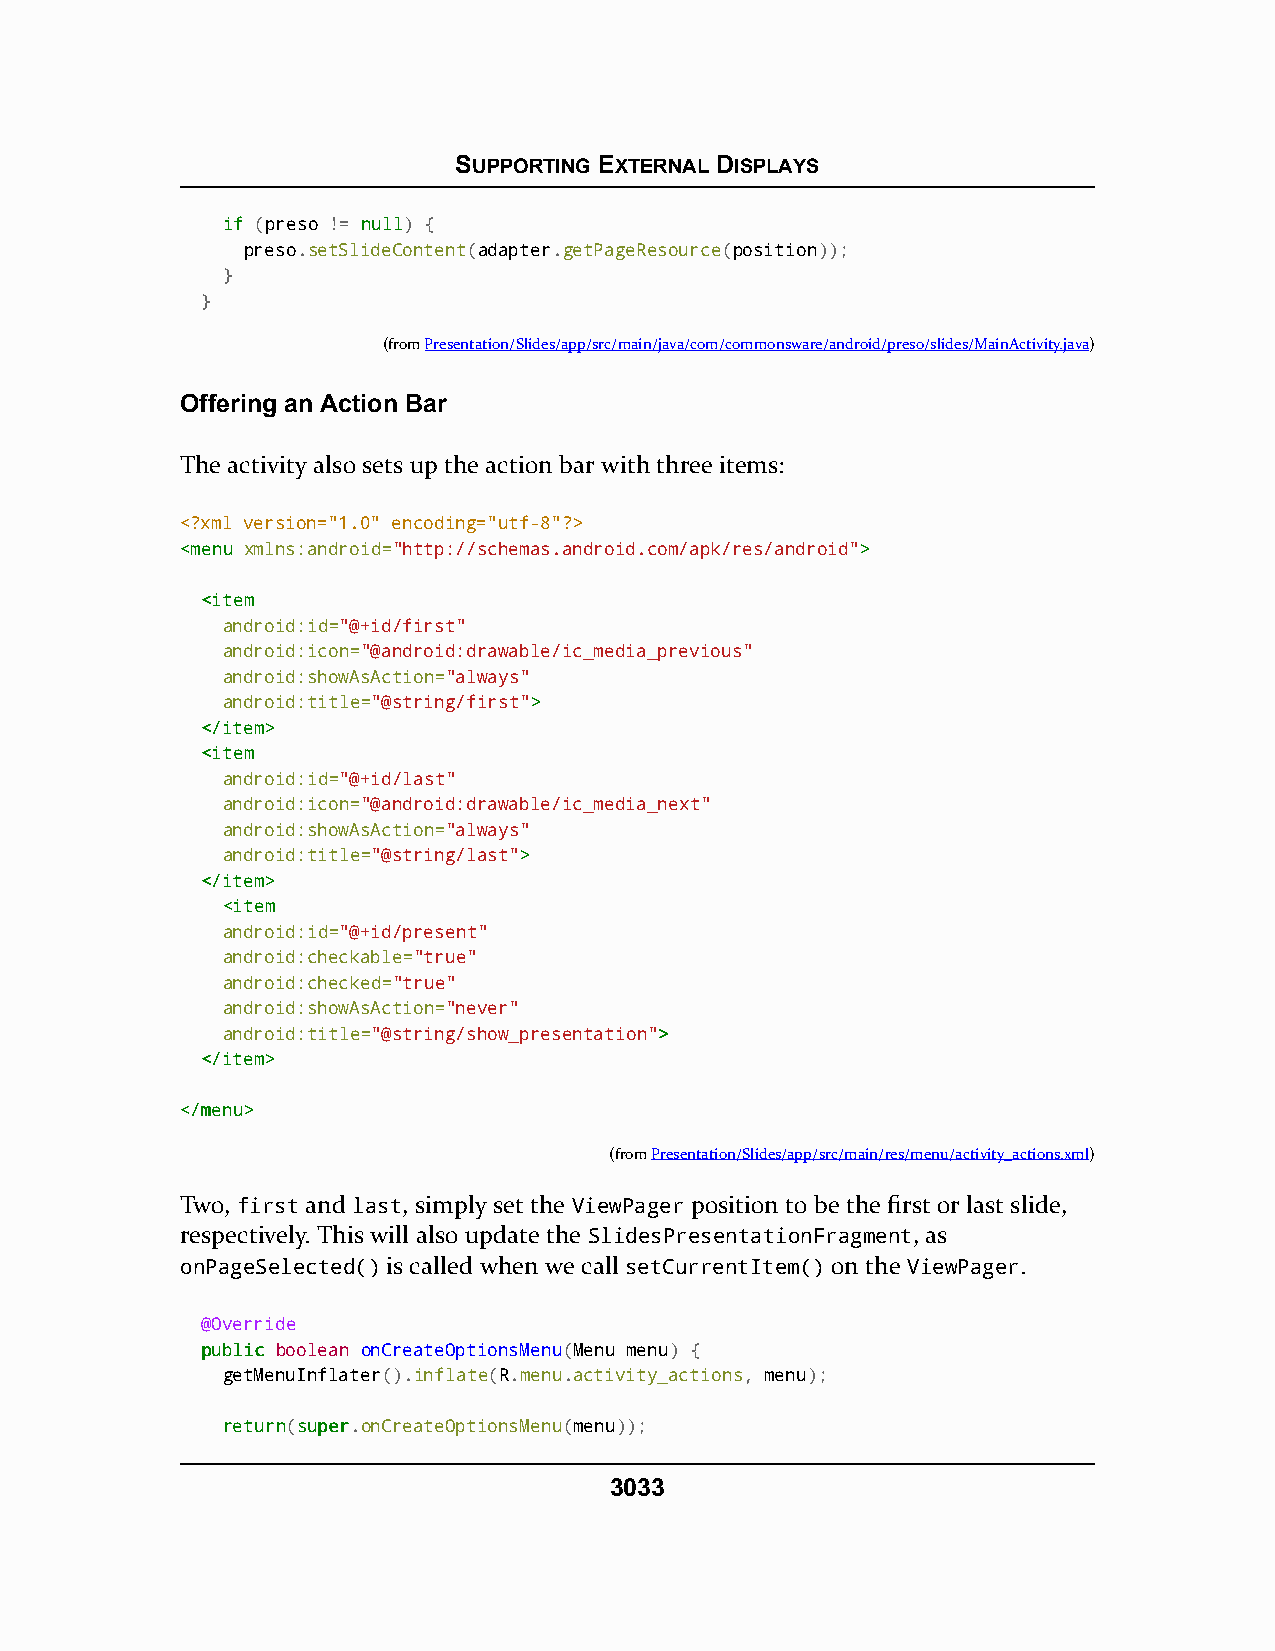
SUPPORTING EXTERNAL DISPLAYS
 iiff (preso != nnuullll) {
 preso.setSlideContent(adapter.getPageResource(position));
 }
 }
 (fromPresentation/Slides/app/src/main/java/com/commonsware/android/preso/slides/MainActivity.java)
 Offering an Action Bar
 The activity also sets up the action bar with three items:
 <?xml version="1.0" encoding="utf-8"?>
 <<mmeennuu xmlns:android="http://schemas.android.com/apk/res/android">>
 <<iitteemm
 android:id="@+id/first"
 android:icon="@android:drawable/ic_media_previous"
 android:showAsAction="always"
 android:title="@string/first">>
 <<//iitteemm>>
 <<iitteemm
 android:id="@+id/last"
 android:icon="@android:drawable/ic_media_next"
 android:showAsAction="always"
 android:title="@string/last">>
 <<//iitteemm>>
 <<iitteemm
 android:id="@+id/present"
 android:checkable="true"
 android:checked="true"
 android:showAsAction="never"
 android:title="@string/show_presentation">>
 <<//iitteemm>>
 <<//mmeennuu>>
 (fromPresentation/Slides/app/src/main/res/menu/activity_actions.xml)
 Two, first and last, simply set the ViewPager position to be the first or last slide,
 respectively. This will also update the SlidesPresentationFragment, as
 onPageSelected() is called when we call setCurrentItem() on the ViewPager.
 @Override
 ppuubblliicc boolean onCreateOptionsMenu(Menu menu) {
 getMenuInflater().inflate(R.menu.activity_actions, menu);
 rreettuurrnn(ssuuppeerr.onCreateOptionsMenu(menu));
 3033